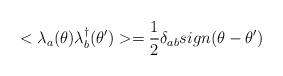
LaTeX: \begin{align*}<\lambda_a(\theta)\lambda^\dag_b(\theta^\prime)>=\frac{1}{2}\delta_{ab}sign(\theta-\theta^\prime)\end{align*}